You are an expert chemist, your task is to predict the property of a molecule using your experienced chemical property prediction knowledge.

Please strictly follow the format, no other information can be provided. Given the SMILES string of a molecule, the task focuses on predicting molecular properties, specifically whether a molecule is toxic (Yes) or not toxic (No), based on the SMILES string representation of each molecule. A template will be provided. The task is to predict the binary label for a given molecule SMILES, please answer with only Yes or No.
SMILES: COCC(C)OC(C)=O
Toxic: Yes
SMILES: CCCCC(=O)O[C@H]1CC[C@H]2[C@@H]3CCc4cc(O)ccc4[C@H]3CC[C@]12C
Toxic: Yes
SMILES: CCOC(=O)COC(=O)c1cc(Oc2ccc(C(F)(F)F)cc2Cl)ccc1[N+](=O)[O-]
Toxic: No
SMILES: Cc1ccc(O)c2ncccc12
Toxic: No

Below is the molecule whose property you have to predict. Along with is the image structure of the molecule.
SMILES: OC[C@H]1O[C@](O)(CO)[C@@H](O)[C@@H]1O
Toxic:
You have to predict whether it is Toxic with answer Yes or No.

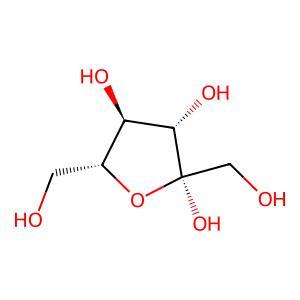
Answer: No